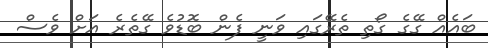
ބައެއް ގޭގެ ގޯތި ތެރޭގައި ވަނީ ފެން ބޮޑުވެ ގޭތެރެ އަށް ވެސް